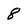
Character: 8